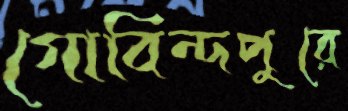
গোবিন্দপুরে